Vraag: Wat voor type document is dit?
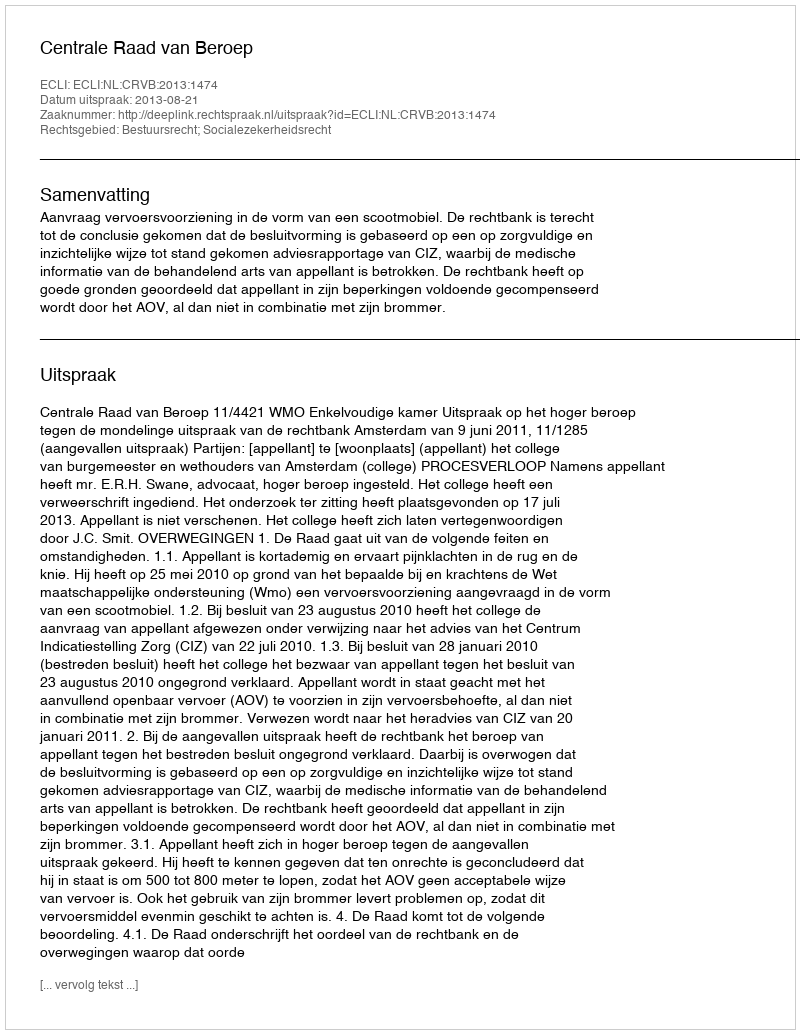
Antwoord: Uitspraak